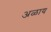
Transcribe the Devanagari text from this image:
अळाय